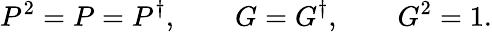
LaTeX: P^{2}=P=P^{\dagger},\qquad G=G^{\dagger},\qquad G^{2}=1.